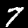
Digit: 7